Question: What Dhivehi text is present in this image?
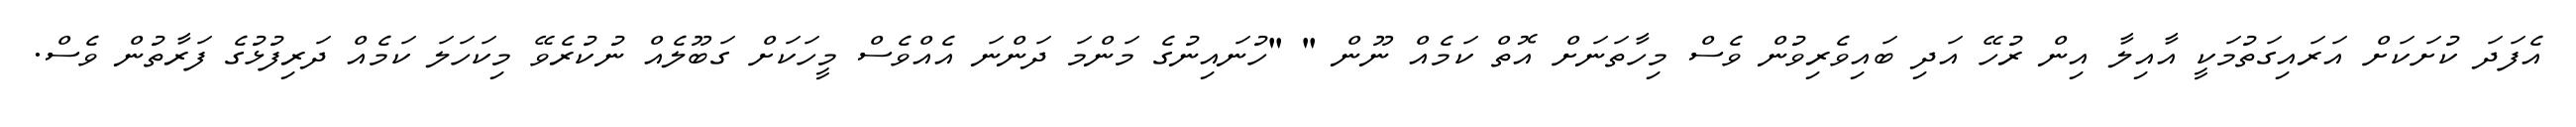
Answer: އެފަދަ ކުށަކަށް އަރައިގަތުމަކީ އާއިލާ އިން ރުހޭ އަދި ބައިވެރިވުން ވެސް މިހާތަނަށް އޮތް ކަމެއް ނޫން " "ހުނައިނުގެ މަންމަ ދަންނަ އެއްވެސް މީހަކަށް ގަބޫލެއް ނުކުރެވޭ މިކަހަލަ ކަމެއް ދަރިފުޅުގެ ފަރާތުން ވެސް.